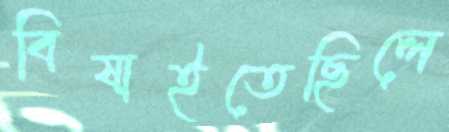
বিষাইতেছিলে